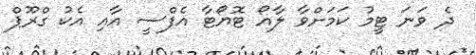
ދެ ވަނަ ޓީމު ކަމަށްވާ ލާއޯ ޓޮޔޯޓާ އެފްސީ އާއި އެކު ގްރޫޕް